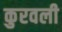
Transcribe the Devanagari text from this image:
कुरवली